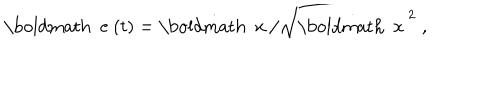
{ \mathrm { \boldmath ~ e ~ } } ( t ) = \dot { { \mathrm { \boldmath ~ x ~ } } } / \sqrt { { \dot { { \mathrm { \boldmath ~ x ~ } } } } ^ { 2 } } \; ,